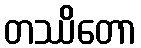
တဿိတော